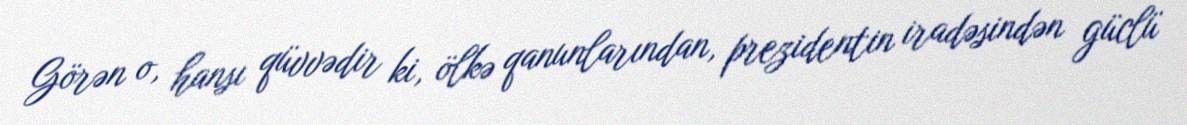
Görən o, hansı qüvvədir ki, ölkə qanunlarından, prezidentin iradəsindən güclü